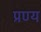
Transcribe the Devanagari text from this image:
प्रण्य